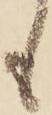
も